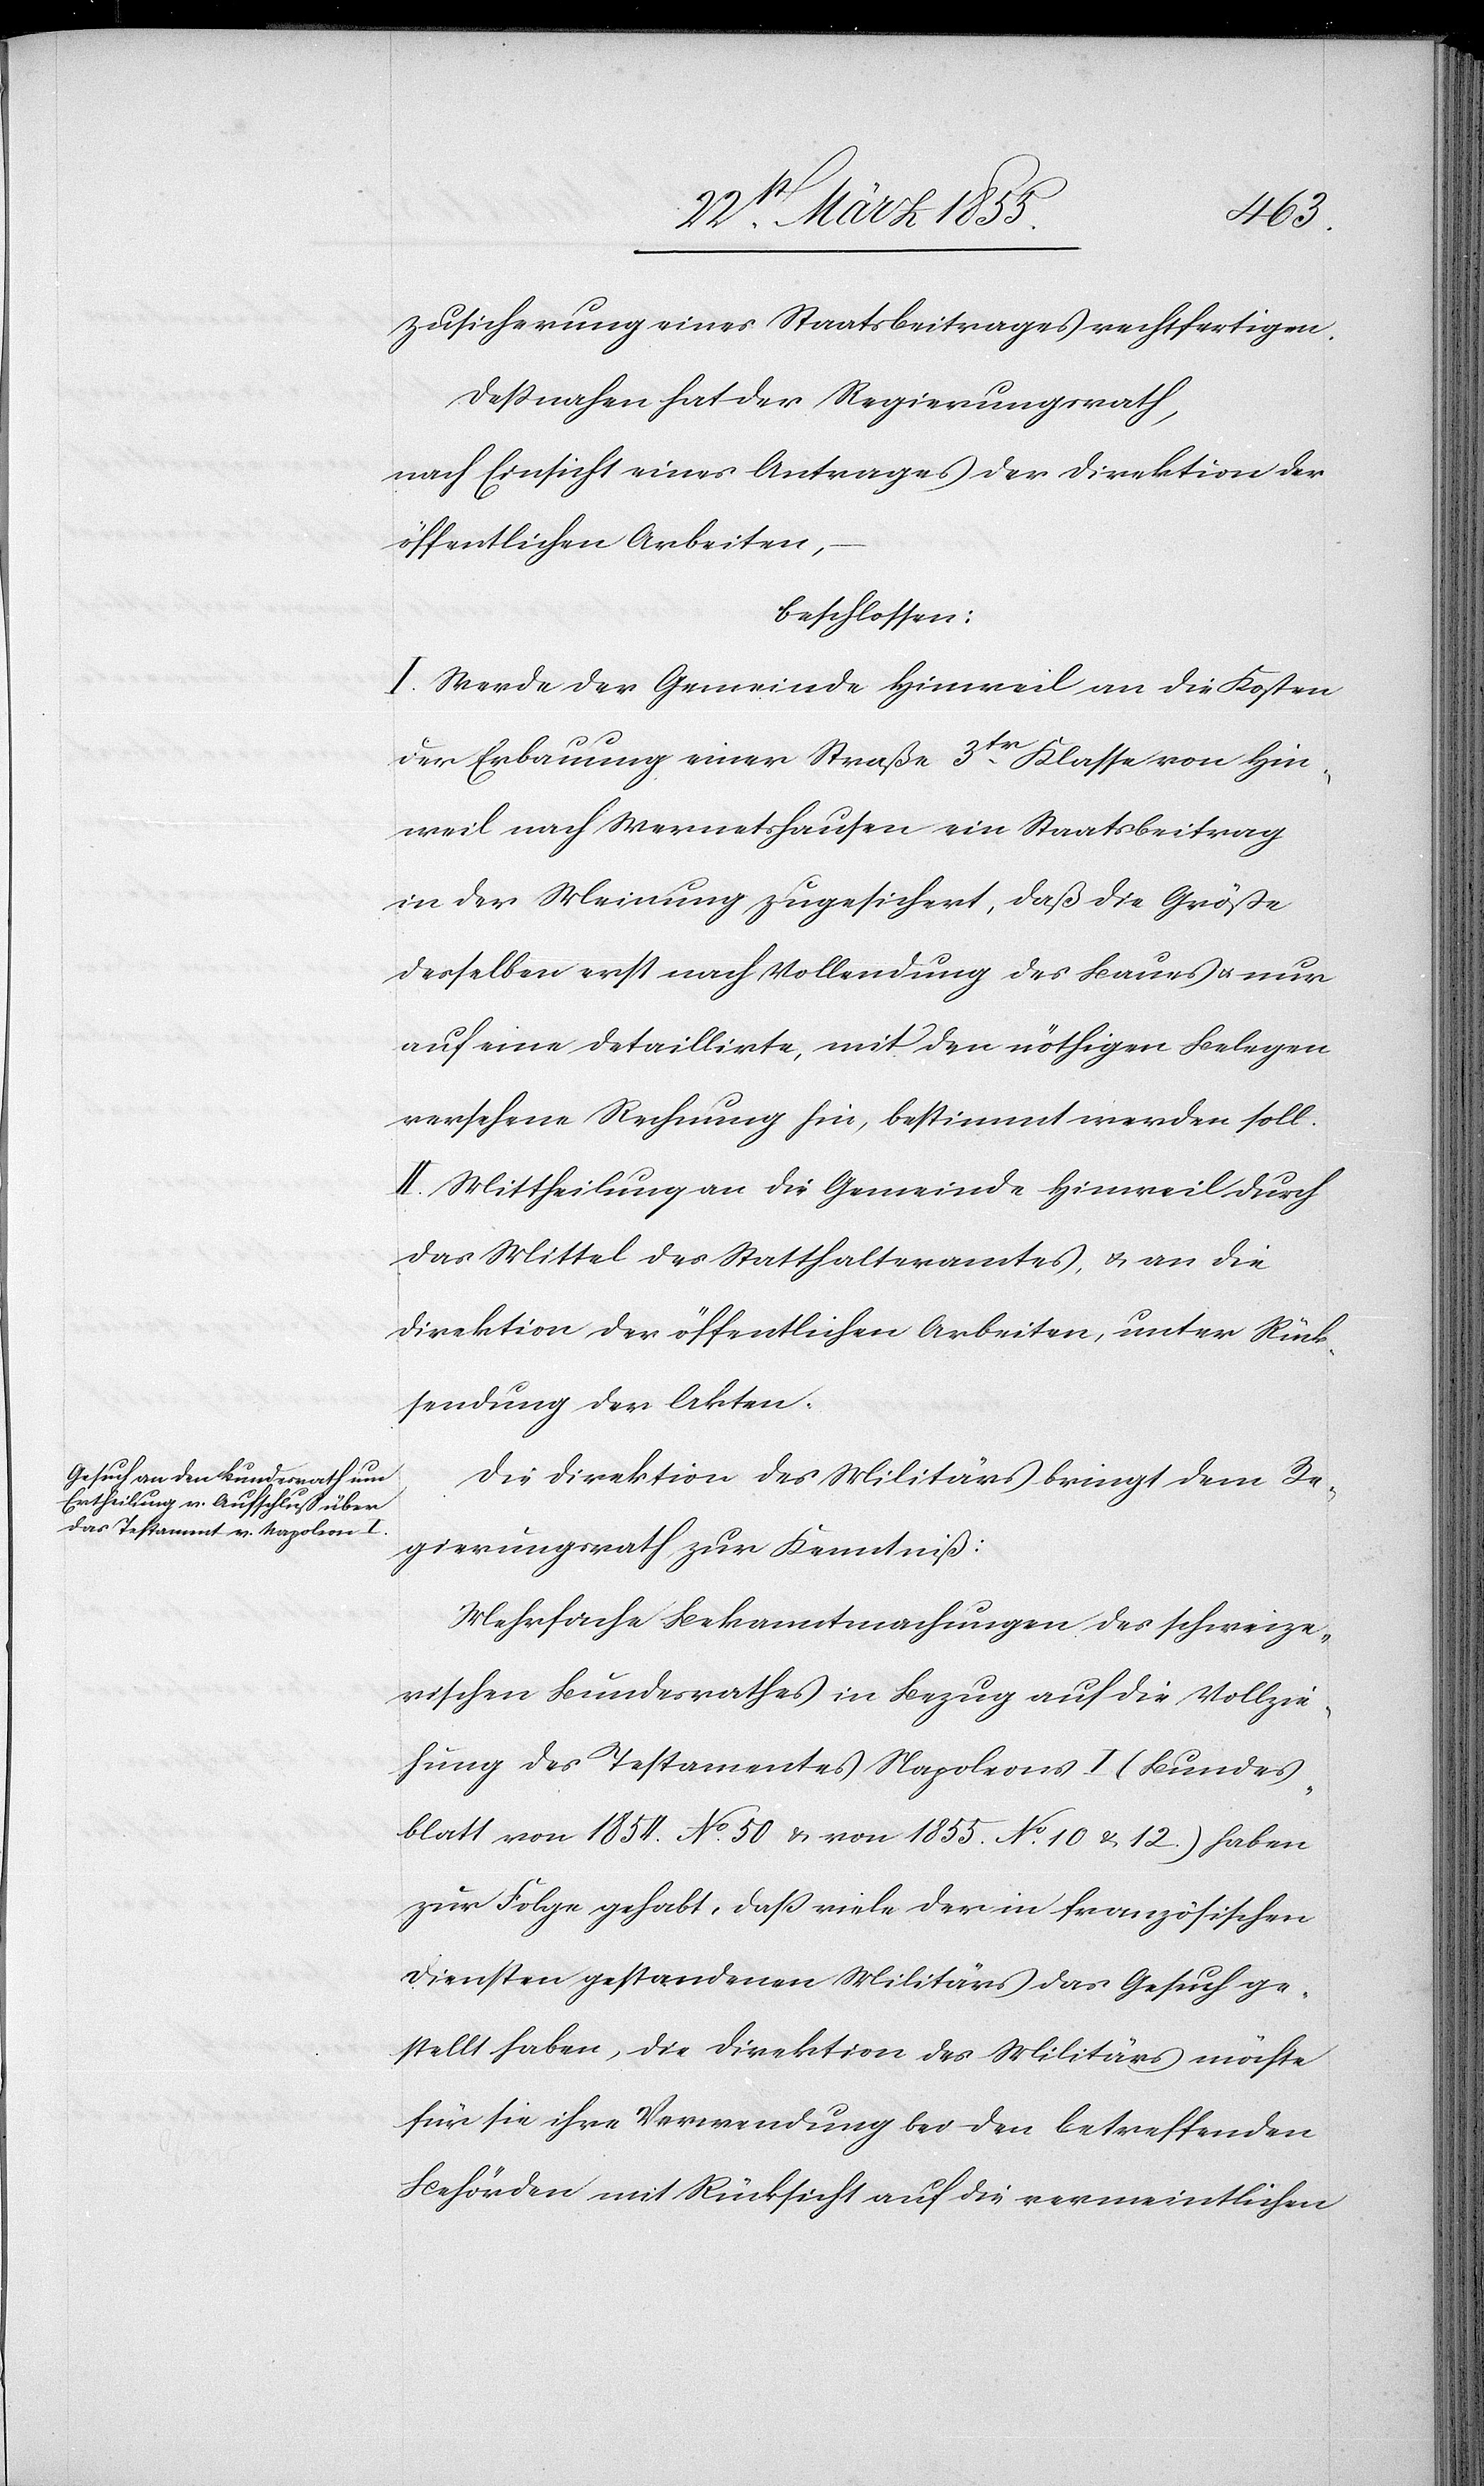
Zusicherung eines Staatsbeitrages rechtfertigen.
Dessnahen hat der Regierungsrath,
nach Einsicht eines Antrages der Direktion der
öffentlichen Arbeiten,
beschlossen:
I. Werde der Gemeinde Hinweil an die Kosten
der Erbauung einer Straße 3tr. Klasse von Hin¬
weil nach Wernetshausen ein Staatsbeitrag
in der Meinung zugesichert, daß die Größe
desselben erst nach Vollendung des Baues & nur
auf eine detaillirte, mit den nöthigen Belegen
versehene Rechnung hin, bestimmt werden soll.
II. Mittheilung an die Gemeinde Hinweil durch
das Mittel des Statthalteramtes, & an die
Direktion der öffentlichen Arbeiten, unter Rück¬
sendung der Akten.
Die Direktion des Militärs bringt dem Re¬
gierungsrath zur Kenntniß:
Mehrfache Bekanntmachungen des schweize¬
rischen Bundesrathes in Bezug auf die Vollzie¬
hung des Testamentes Napoleons I. (Bundes¬
blatt von 1854. No. 50 & von 1855. No. 10 & 12.) haben
zur Folge gehabt, daß viele der in französischen
Diensten gestandenen Militärs das Gesuch ge¬
stellt haben, die Direktion des Militärs möchte
für sie ihre Verwendung bei den betreffenden
Behörden mit Rücksicht auf die vermeintlichen